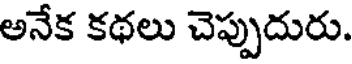
అనేక కథలు చెప్పుదురు.